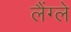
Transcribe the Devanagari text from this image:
लैंग्ले